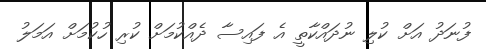
ފުނަދު އަށް ކުލި ނުދައްކާތީ އެ ފައިސާ ދެއްކުމަށް ކުރި ހުކުމަށް އަމަލު